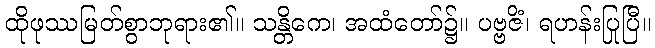
ထိုဖုဿမြတ်စွာဘုရား၏။ သန္တိကေ၊ အထံတော်၌။ ပဗ္ဗဇိံ၊ ရဟန်းပြုပြီ။